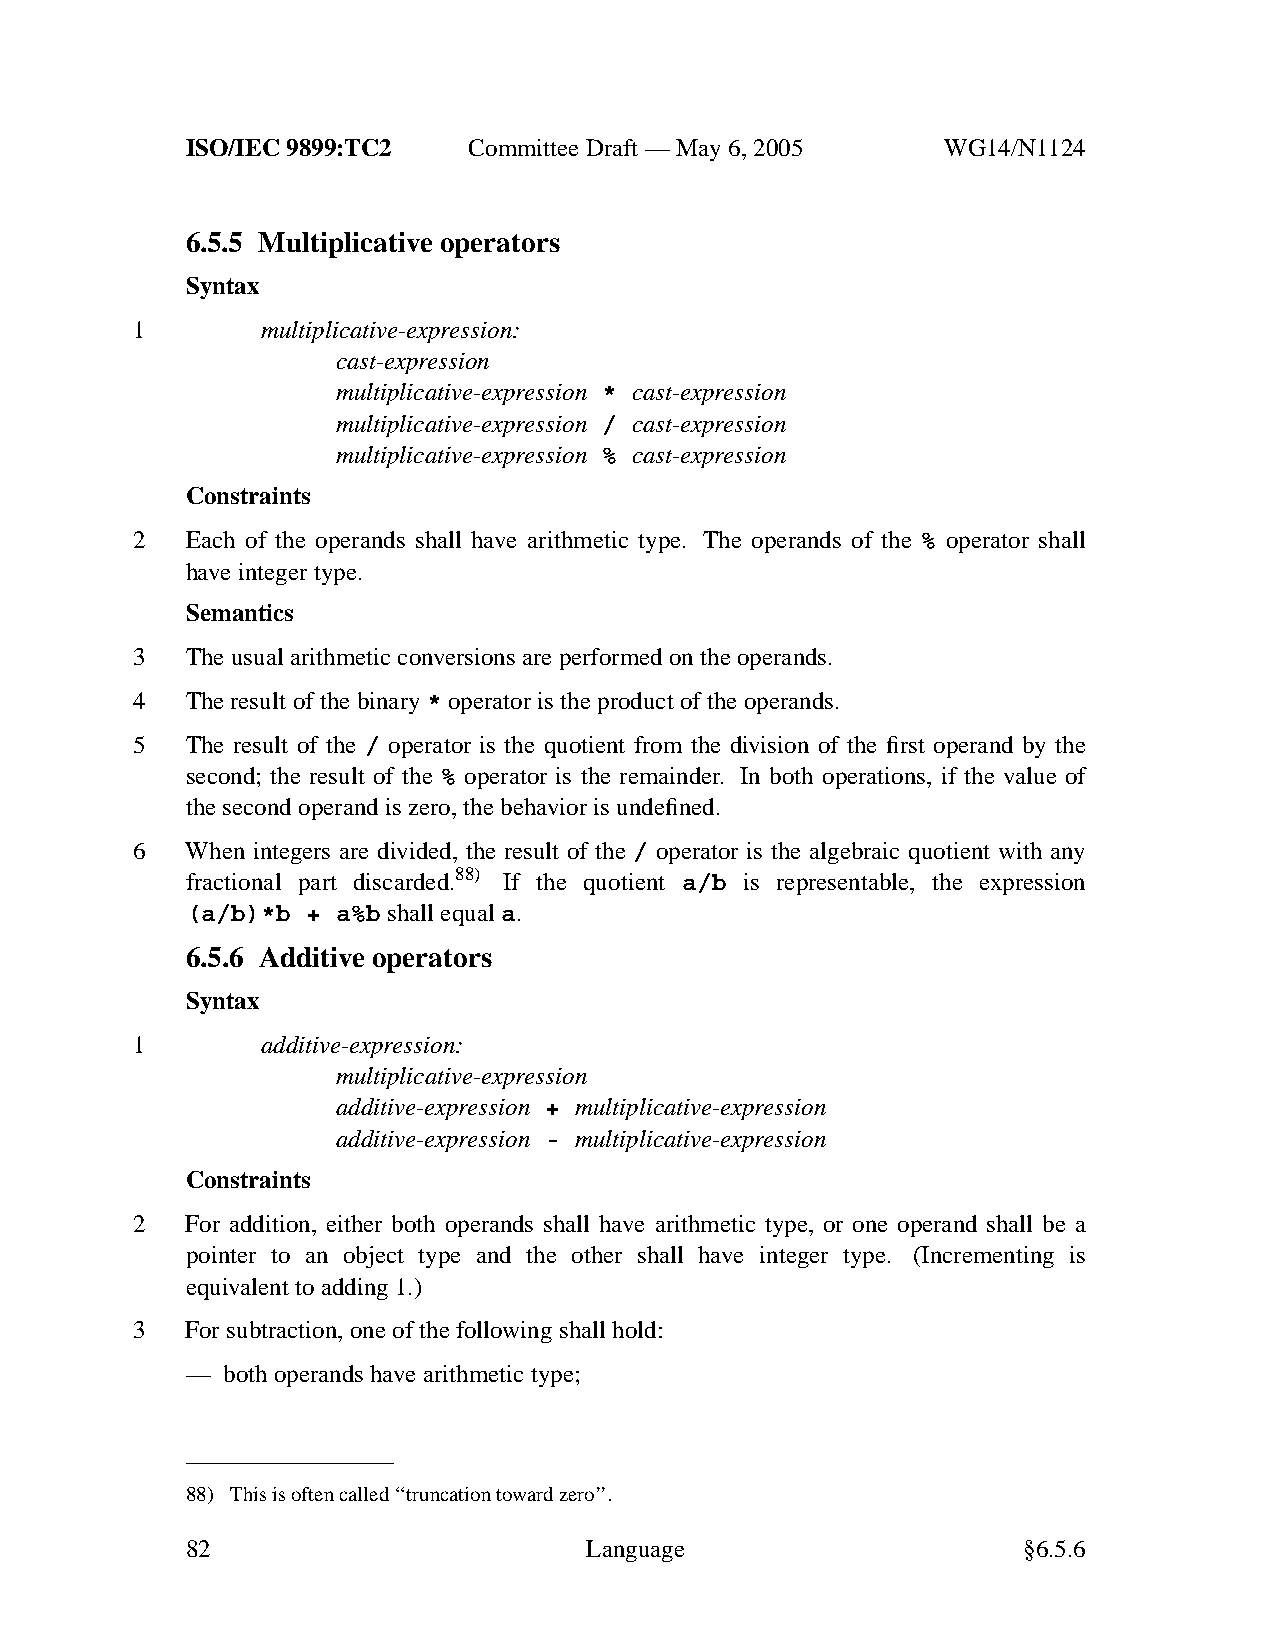
ISO/IEC 9899:TC2   Committee Draft — May 6, 2005   WG14/N1124
 6.5.5 Multiplicative operators
 Syntax
 1       multiplicative-expression:
 cast-expression
 multiplicative-expression * cast-expression
 multiplicative-expression / cast-expression
 multiplicative-expression % cast-expression
 Constraints
 2  Each of the operands shall have arithmetic type. The operands of the % operator shall
 have integer type.
 Semantics
 3  The usual arithmetic conversions are performed on the operands.
 4  The result of the binary* operator is the product of the operands.
 5  The result of the / operator is the quotient from the division of the first operand by the
 second; the result of the % operator is the remainder. In both operations, if the value of
 the second operand is zero, the behavior is undefined.
 6  When integers are divided, the result of the / operator is the algebraic quotient with any
 fractional part discarded.88) If the quotient a/b is representable, the expression
 (a/b)*b + a%b shall equal a.
 6.5.6 Additive operators
 Syntax
 1       additive-expression:
 multiplicative-expression
 additive-expression + multiplicative-expression
 additive-expression - multiplicative-expression
 Constraints
 2  For addition, either both operands shall have arithmetic type, or one operand shall be a
 pointer to an object type and the other shall have integer type. (Incrementing is
 equivalent to adding 1.)
 3  Forsubtraction, one of the following shall hold:
 —  both operands have arithmetic type;
 88) This is often called ‘‘truncation toward zero’’.
 82                         Language                     §6.5.6